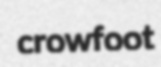
crowfoot